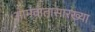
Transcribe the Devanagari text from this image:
आमवातासारख्या